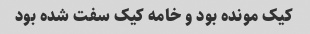
کیک مونده بود و خامه کیک سفت شده بود